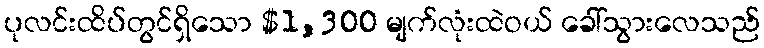
ပုလင်းထိပ်တွင်ရှိသော $1,300 မျက်လုံးထဲဝယ် ခေါ်သွားလေသည်